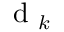
\mathrm { ~ d ~ } _ { k }